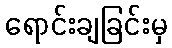
ရောင်းချခြင်းမှ